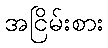
အငြိမ်းစား